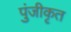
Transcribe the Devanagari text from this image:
पुंजीकृत